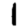
Digit: 1